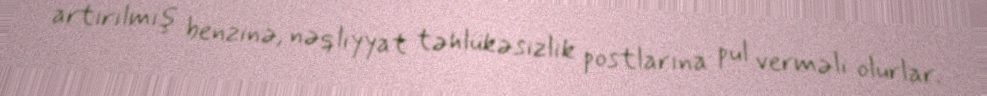
artırılmış benzinə, nəqliyyat təhlükəsizlik postlarına pul verməli olurlar.